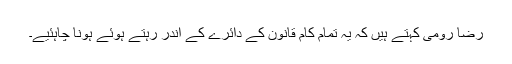
رضا رومی کہتے ہیں کہ یہ تمام کام قانون کے دائرے کے اندر رہتے ہوئے ہونا چاہئیے۔